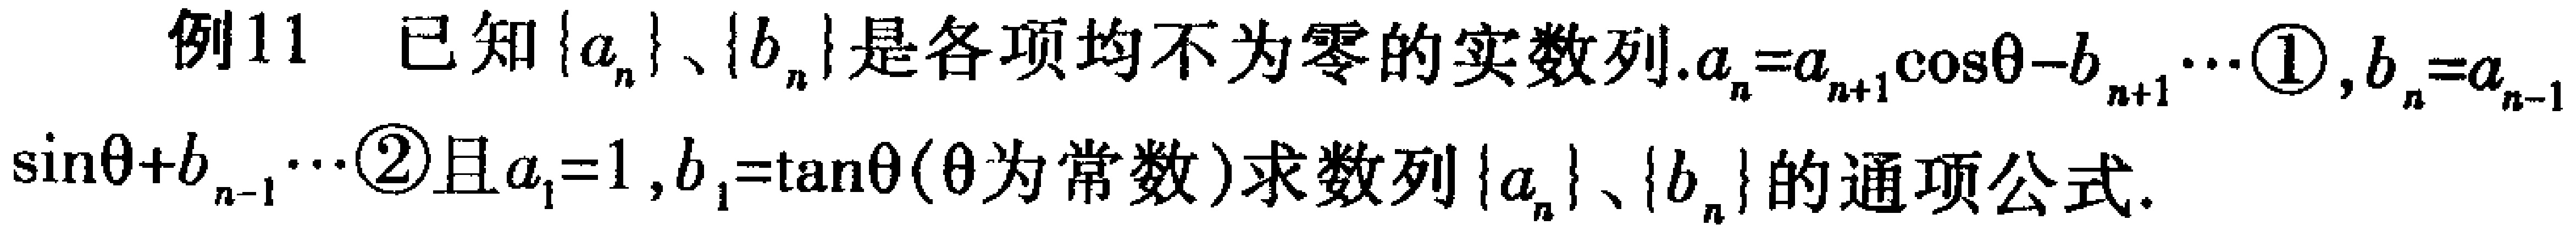
例11 已知\(\{a_{n}\}\)、\(\{b_{n}\}\)是各项均不为零的实数列.\(a_{n}=a_{n + 1}\cos\theta - b_{n - 1}\cdots\textcircled{1}\)，\(b_{n}=a_{n - 1}\sin\theta + b_{n - 1}\cdots\textcircled{2}\)且\(a_{1}=1\)，\(b_{1}=\tan\theta(\theta\)为常数\()\)求数列\(\{a_{n}\}\)、\(\{b_{n}\}\)的通项公式.